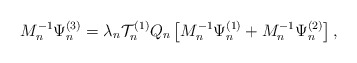
\begin{align*} M_n^{-1} \Psi^{(3)}_n = \lambda_n \mathcal{T}_n^{(1)} Q_n \left[M_n^{-1}\Psi^{(1)}_n + M_n^{-1}\Psi^{(2)}_n\right] , \end{align*}